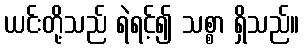
ယင်းတို့သည် ရဲရင့်၍ သစ္စာ ရှိသည်။